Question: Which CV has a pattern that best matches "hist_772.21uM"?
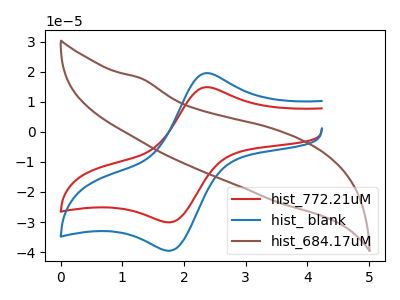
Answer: <think>The red curve "hist_772.21uM" has an anodic peak at (2.35V, 14.90uA) and a cathodic peak at (1.75V, -30.10uA). The blue curve "hist_ blank" has an anodic peak at (2.35V, 19.60uA) and a cathodic peak at (1.75V, -39.60uA). The brown curve "hist_684.17uM" has no peaks.
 All the peaks in "hist_772.21uM" have a peak in "hist_ blank" at the same potential. Every peak in "hist_772.21uM" is lower than every peak in "hist_ blank". "hist_772.21uM" and "hist_684.17uM" have a different number of peaks. "hist_ blank" and "hist_684.17uM" have a different number of peaks.</think>
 <answer>The CV with the most similar shape to "hist_ blank" is "hist_772.21uM".</answer>
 <eval>"hist_772.21uM"</eval>